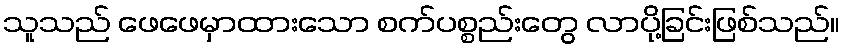
သူသည် ဖေဖေမှာထားသော စက်ပစ္စည်းတွေ လာပို့ခြင်းဖြစ်သည်။